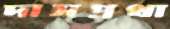
দাসপ্রথা